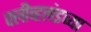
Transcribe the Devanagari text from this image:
क्लीव्हलंडच्या